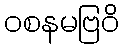
ဝစနမဗြဝိ